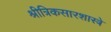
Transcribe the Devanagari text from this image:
श्रीत्रिकसारशास्त्रे